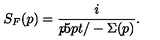
S _ { F } ( p ) = \frac { i } { p { \kern - 4 . 5 p t / } - \Sigma ( p ) } .